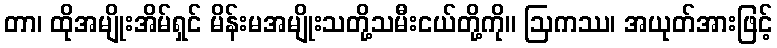
တာ၊ ထိုအမျိုးအိမ်ရှင် မိန်းမအမျိုးသတို့သမီးငယ်တို့ကို။ ဩကဿ၊ အယုတ်အားဖြင့်